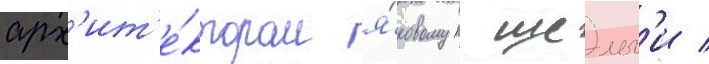
арх'ит'е́ктором я́ковом шельг'и /